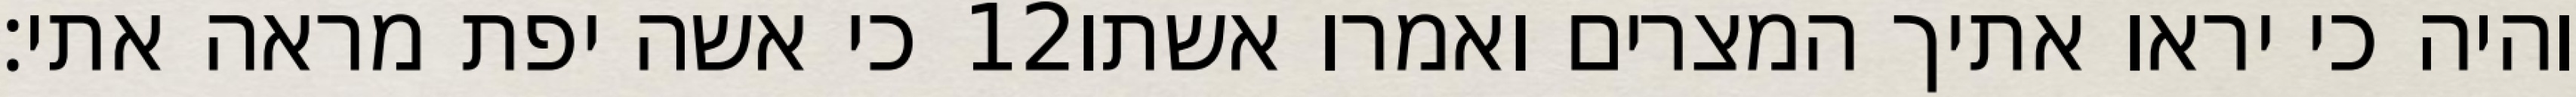
כי אשה יפת מראה אתי׃ ‎12‏ והיה כי יראו אתיך המצרים ואמרו אשתו